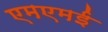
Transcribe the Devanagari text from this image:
एमएमई